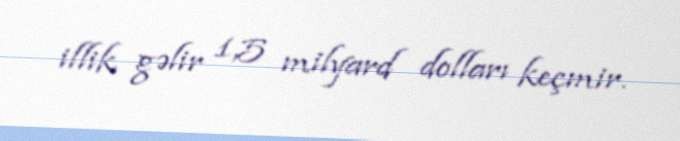
illik gəlir 1,5 milyard dolları keçmir.